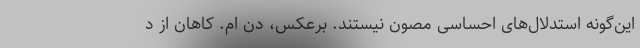
این‌گونه استدلال‌های احساسی مصون نیستند. برعکس، دن ام. کاهان از د